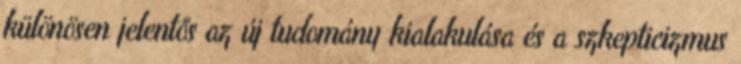
különösen jelentős az új tudomány kialakulása és a szkepticizmus